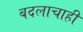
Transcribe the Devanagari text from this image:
बदलाचाही